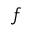
f